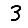
Digit: 3